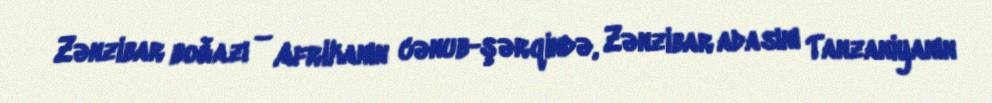
Zənzibar boğazı – Afrikanın cənub-şərqində, Zənzibar adasını Tanzaniyanın